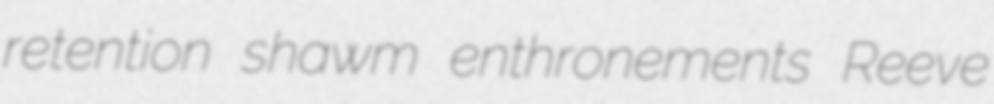
retention shawm enthronements Reeve